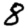
Digit: 8